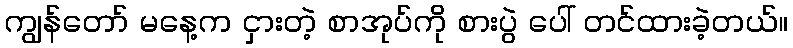
ကျွန်တော် မနေ့က ငှားတဲ့ စာအုပ်ကို စားပွဲ ပေါ် တင်ထားခဲ့တယ်။